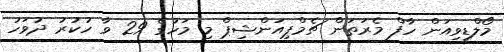
މޯލްޑިވިއަން ހާފް މެރަތަން ޗެމްޕިއަންޝިޕް މި މަހުގެ 29 ވާ ހުކުރު ދުވަހު